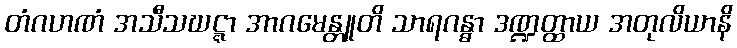
တံဂဟဏံ အသီသဃဋ္ဋာ အာဂမေန္တူတိ သာရဂန္ဓာ ဒဏ္ဍတ္ထာယ အတုလိယာနိ